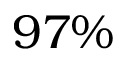
9 7 \%